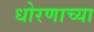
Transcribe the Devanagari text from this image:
धोरणाच्‍या